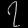
Digit: ၇